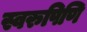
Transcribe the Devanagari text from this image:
स्वरुपिणि